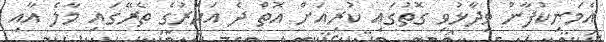
އެމަނިކުފާނު ވިދާޅުވި ގޮތުގައި ކުރިއަށް އޮތް ދެ އަހަރުގެ ތެރޭގައި މާލެ އާއި